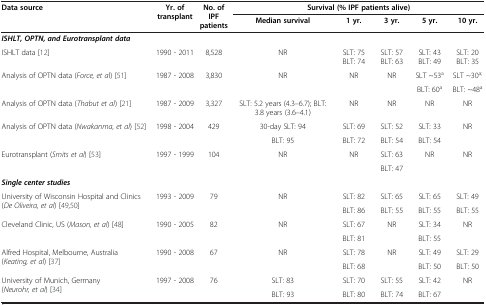
<table><thead><tr><td rowspan="2"><b>Data source</b></td><td rowspan="2"><b>Yr. of transplant</b></td><td rowspan="2"><b>No. of IPF patients</b></td><td colspan="5"><b>Survival (% IPF patients alive)</b></td></tr><tr><td><b>Median survival</b></td><td><b>1 yr.</b></td><td><b>3 yr.</b></td><td><b>5 yr.</b></td><td><b>10 yr.</b></td></tr></thead><tbody><tr><td colspan="8"><b><i>ISHLT, OPTN, and Eurotransplant data</i></b></td></tr><tr><td>ISHLT data [12]</td><td>1990 - 2011</td><td>8,528</td><td>NR</td><td>SLT: 75 BLT: 74</td><td>SLT: 57 BLT: 63</td><td>SLT: 43 BLT: 49</td><td>SLT: 20 BLT: 35</td></tr><tr><td rowspan="2">Analysis of OPTN data (<i>Force, et a</i>l) [51]</td><td rowspan="2">1987 - 2008</td><td rowspan="2">3,830</td><td rowspan="2">NR</td><td rowspan="2">NR</td><td rowspan="2">NR</td><td>SLT ~53<sup>a</sup></td><td>SLT ~30<sup>a;</sup></td></tr><tr><td>BLT: 60<sup>a</sup></td><td>BLT: ~48<sup>a</sup></td></tr><tr><td>Analysis of OPTN data (<i>Thabut et al</i>) [21]</td><td>1987 - 2009</td><td>3,327</td><td>SLT: 5.2 years (4.3–6.7); BLT: 3.8 years (3.6–4.1)</td><td>NR</td><td>NR</td><td>NR</td><td>NR</td></tr><tr><td rowspan="2">Analysis of OPTN data (<i>Nwakanma, et al</i>) [52]</td><td rowspan="2">1998 - 2004</td><td rowspan="2">429</td><td>30-day SLT: 94</td><td>SLT: 69</td><td>SLT: 52</td><td>SLT: 33</td><td rowspan="2">NR</td></tr><tr><td>BLT: 95</td><td>BLT: 72</td><td>BLT: 54</td><td>BLT: 54</td></tr><tr><td rowspan="2">Eurotransplant (<i>Smits et al</i>) [53]</td><td rowspan="2">1997 - 1999</td><td rowspan="2">104</td><td rowspan="2">NR</td><td rowspan="2">NR</td><td>SLT: 63</td><td rowspan="2">NR</td><td rowspan="2">NR</td></tr><tr><td>BLT: 47</td></tr><tr><td colspan="8"><b><i>Single center studies</i></b></td></tr><tr><td rowspan="2">University of Wisconsin Hospital and Clinics (<i>De Oliveira, et al</i>) [49,50]</td><td rowspan="2">1993 - 2009</td><td rowspan="2">79</td><td rowspan="2">NR</td><td>SLT: 82</td><td>SLT: 65</td><td>SLT: 65</td><td>SLT: 49</td></tr><tr><td>BLT: 86</td><td>BLT: 55</td><td>BLT: 55</td><td>BLT: 55</td></tr><tr><td rowspan="2">Cleveland Clinic, US (<i>Mason, et al</i>) [48]</td><td rowspan="2">1990 - 2005</td><td rowspan="2">82</td><td rowspan="2">NR</td><td>SLT: 67</td><td rowspan="2">NR</td><td>SLT: 34</td><td rowspan="2">NR</td></tr><tr><td>BLT: 81</td><td>BLT: 55</td></tr><tr><td rowspan="2">Alfred Hospital, Melbourne, Australia (<i>Keating, et al</i>) [37]</td><td rowspan="2">1990 - 2008</td><td rowspan="2">67</td><td rowspan="2">NR</td><td>SLT: 78</td><td rowspan="2">NR</td><td>SLT: 49</td><td>SLT: 29</td></tr><tr><td>BLT: 68</td><td>BLT: 50</td><td>BLT: 50</td></tr><tr><td rowspan="2">University of Munich, Germany (<i>Neurohr, et al</i>) [34]</td><td rowspan="2">1997 - 2008</td><td rowspan="2">76</td><td>SLT: 83</td><td>SLT: 70</td><td>SLT: 55</td><td>SLT: 42</td><td rowspan="2">NR</td></tr><tr><td>BLT: 93</td><td>BLT: 80</td><td>BLT: 74</td><td>BLT: 67</td></tr></tbody></table>